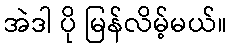
အဲဒါ ပို မြန်လိမ့်မယ်။